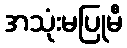
အသုံးမပြုမီ